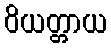
ဝိယတ္တာယ